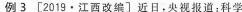
例3[2019·江西改编〕近日，央视报道：科学